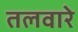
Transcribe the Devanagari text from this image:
तलवारे